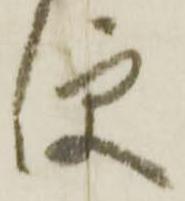
便